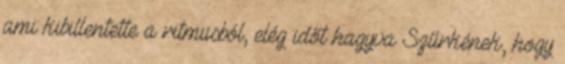
ami kibillentette a ritmusból, elég időt hagyva Szűrkének, hogy